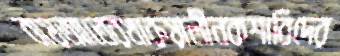
বায়আতেরখারুয়ালীনকশাবিদের